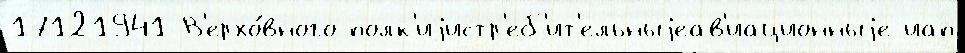
17121941 В'ерхо́вного полк'иjистр'еб'ит'ельныjеав'иационныjе иап